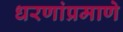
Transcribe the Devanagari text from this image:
धरणांप्रमाणे